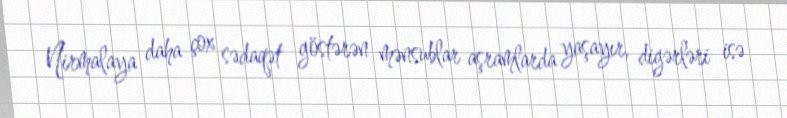
Nirmalaya daha çox sədaqət göstərən mənsublar aşramlarda yaşayır, digərləri isə